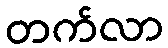
တက်လာ